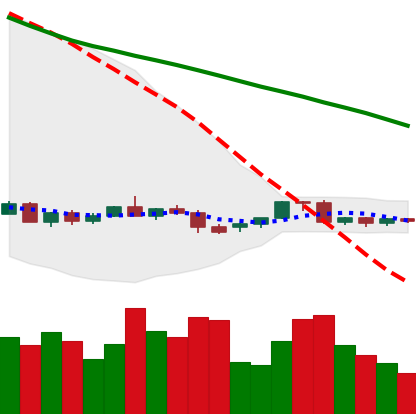
Ticker: EOS-USD
Chart end date: 2022-06-05
Forward return: -7.016%
Label: down_7plus